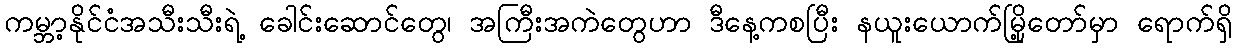
ကမ္ဘာ့နိုင်ငံအသီးသီးရဲ့ ခေါင်းဆောင်တွေ၊ အကြီးအကဲတွေဟာ ဒီနေ့ကစပြီး နယူးယောက်မြို့တော်မှာ ရောက်ရှိ